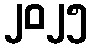
၂၀၂၅